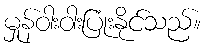
မှုန်ဝါးဝါးပြုံးနိုင်သည်။